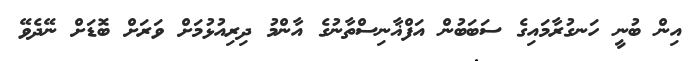
އިން ބުނީ ހަނގުރާމައިގެ ސަބަބުން އަފްޣާނިސްތާނުގެ އާންމު ދިރިއުޅުމަށް ވަރަށް ބޮޑަށް ނޭދެވޭ